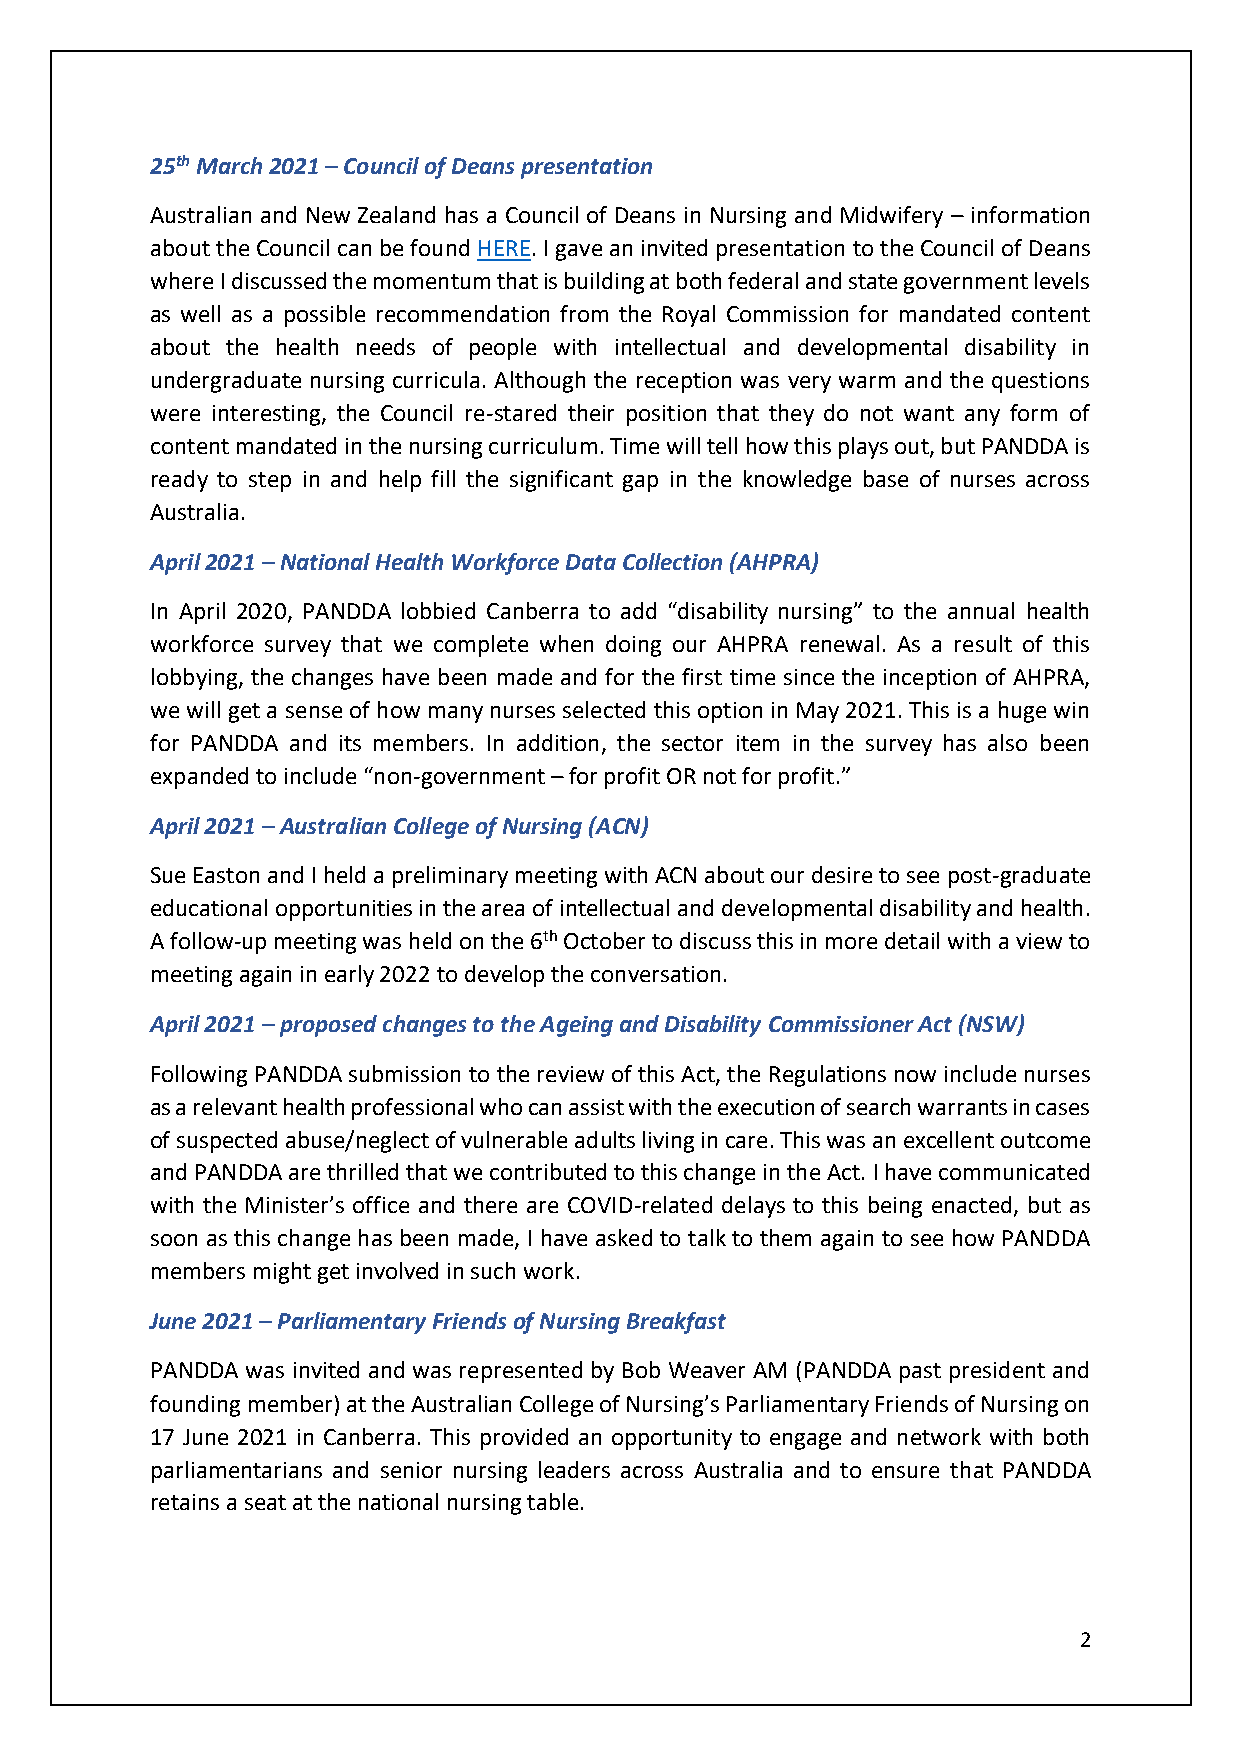
25th March 2021 – Council of Deans presentation
 Australian and New Zealand has a Council of Deans in Nursing and Midwifery – information
 about the Council can be found HERE. I gave an invited presentation to the Council of Deans
 where I discussed the momentum that is building at both federal and state government levels
 as well as a possible recommendation from the Royal Commission for mandated content
 about the health needs of people with intellectual and developmental disability in
 undergraduate nursing curricula. Although the reception was very warm and the questions
 were interesting, the Council re-stared their position that they do not want any form of
 content mandated in the nursing curriculum. Time will tell how this plays out, but PANDDA is
 ready to step in and help fill the significant gap in the knowledge base of nurses across
 Australia.
 April 2021 – National Health Workforce Data Collection (AHPRA)
 In April 2020, PANDDA lobbied Canberra to add “disability nursing” to the annual health
 workforce survey that we complete when doing our AHPRA renewal. As a result of this
 lobbying, the changes have been made and for the first time since the inception of AHPRA,
 we will get a sense of how many nurses selected this option in May 2021. This is a huge win
 for PANDDA and its members. In addition, the sector item in the survey has also been
 expanded to include “non-government – for profit OR not for profit.”
 April 2021 – Australian College of Nursing (ACN)
 Sue Easton and I held a preliminary meeting with ACN about our desire to see post-graduate
 educational opportunities in the area of intellectual and developmental disability and health.
 A follow-up meeting was held on the 6th October to discuss this in more detail with a view to
 meeting again in early 2022 to develop the conversation.
 April 2021 – proposed changes to the Ageing and Disability Commissioner Act (NSW)
 Following PANDDA submission to the review of this Act, the Regulations now include nurses
 as a relevant health professional who can assist with the execution of search warrants in cases
 of suspected abuse/neglect of vulnerable adults living in care. This was an excellent outcome
 and PANDDA are thrilled that we contributed to this change in the Act. I have communicated
 with the Minister’s office and there are COVID-related delays to this being enacted, but as
 soon as this change has been made, I have asked to talk to them again to see how PANDDA
 members might get involved in such work.
 June 2021 – Parliamentary Friends of Nursing Breakfast
 PANDDA was invited and was represented by Bob Weaver AM (PANDDA past president and
 founding member) at the Australian College of Nursing’s Parliamentary Friends of Nursing on
 17 June 2021 in Canberra. This provided an opportunity to engage and network with both
 parliamentarians and senior nursing leaders across Australia and to ensure that PANDDA
 retains a seat at the national nursing table.
 2